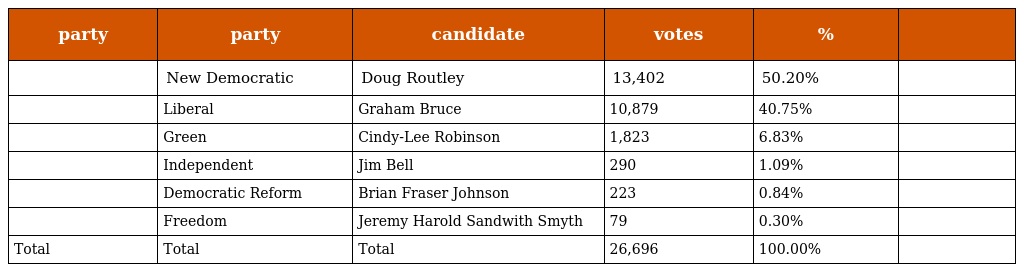
| party | party | candidate | votes | % |  |
 | --- | --- | --- | --- | --- | --- |
 |  | New Democratic | Doug Routley | 13,402 | 50.20% |  |
 |  | Liberal | Graham Bruce | 10,879 | 40.75% |  |
 |  | Green | Cindy-Lee Robinson | 1,823 | 6.83% |  |
 |  | Independent | Jim Bell | 290 | 1.09% |  |
 |  | Democratic Reform | Brian Fraser Johnson | 223 | 0.84% |  |
 |  | Freedom | Jeremy Harold Sandwith Smyth | 79 | 0.30% |  |
 | Total | Total | Total | 26,696 | 100.00% |  |